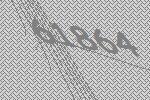
61864